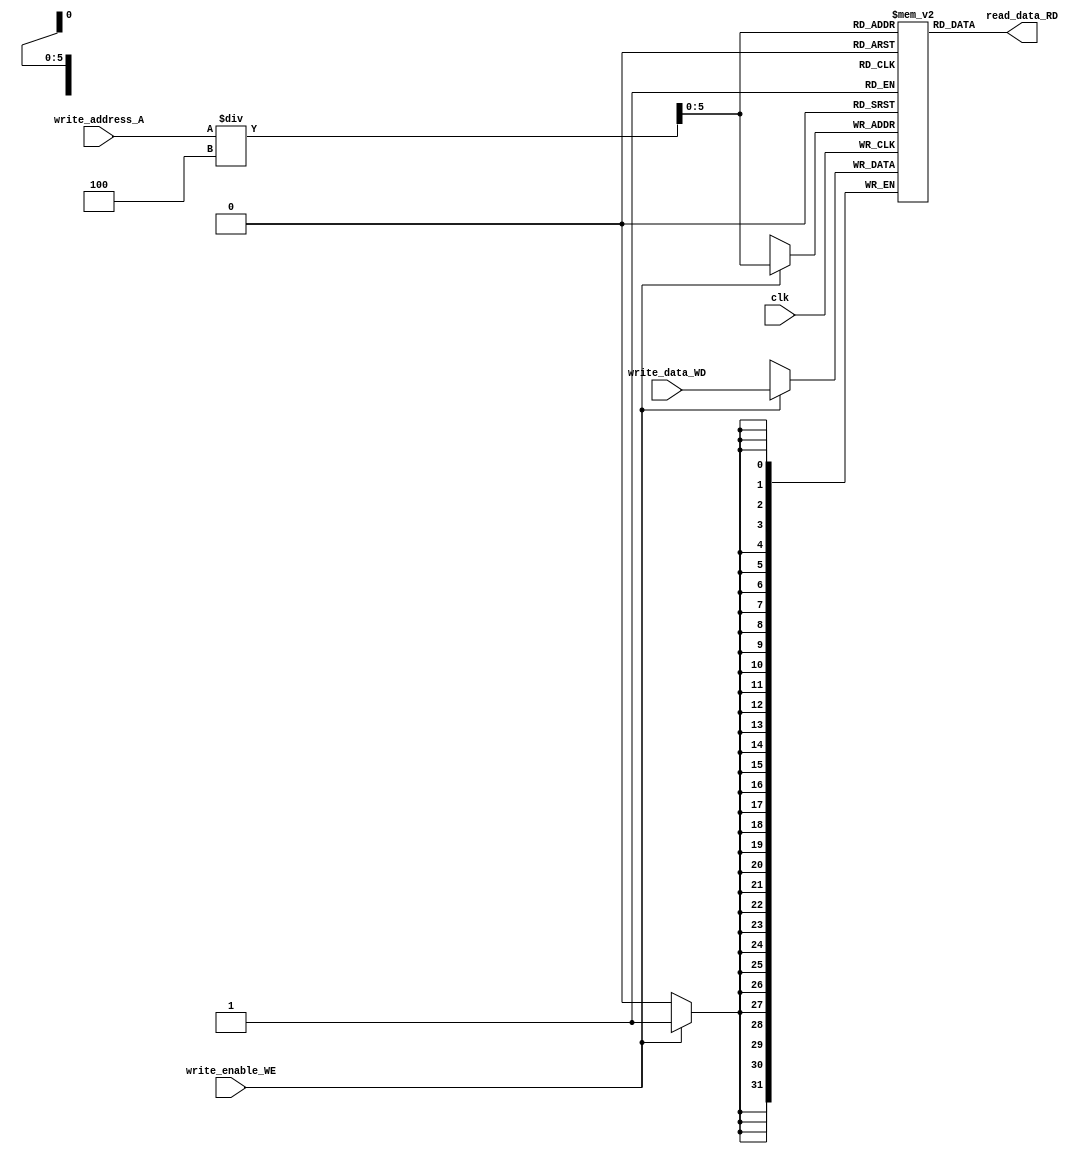
module data_memory(clk,write_enable_WE,write_address_A,write_data_WD,read_data_RD);
input clk,write_enable_WE;
input[31:0]  write_address_A,write_data_WD;
output reg [31:0] read_data_RD;

reg [31:0] data_mem[0:63];

always @(posedge clk)begin
	if(write_enable_WE)begin
		data_mem[(write_address_A)/4]<=write_data_WD;
	end
end

always @(*)begin
	read_data_RD=data_mem[(write_address_A)/4];
end

endmodule